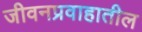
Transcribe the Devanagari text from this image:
जीवनप्रवाहातील